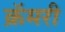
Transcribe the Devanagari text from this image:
क्रॅमरी